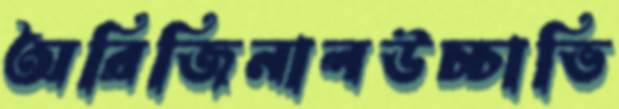
অরিজিনালউচ্চাভি